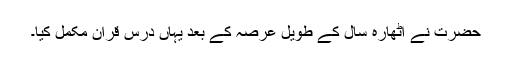
حضرت نے اٹھارہ سال کے طویل عرصہ کے بعد یہاں درس قرآن مکمل کیا۔